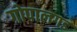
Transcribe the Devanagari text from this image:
गोपालगड